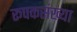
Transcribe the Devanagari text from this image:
रूपकसंख्या